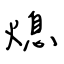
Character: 熄